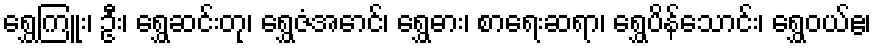
ရွှေကြူး၊ ဦး၊ ရွှေဆင်းတု၊ ရွှေဇံအောင်၊ ရွှေဓား၊ စာရေးဆရာ၊ ရွှေပိန်သောင်း၊ ရွှေဝယ်ဧ၊